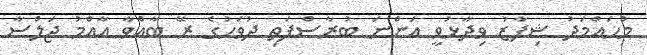
މުހައްމަދު ޝިފާޒު ވިދާޅުވީ އަންނަ ބުރާސްފަތި ދުވަހުގެ ރޭ ބާއްވާ އާއްމު ޖަލްސާ